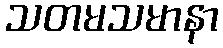
သတမသမာနာ